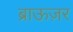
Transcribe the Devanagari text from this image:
ब्राऊज़र